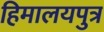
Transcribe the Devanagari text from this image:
हिमालयपुत्र